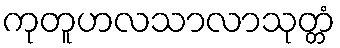
ကုတူဟလသာလာသုတ္တံ